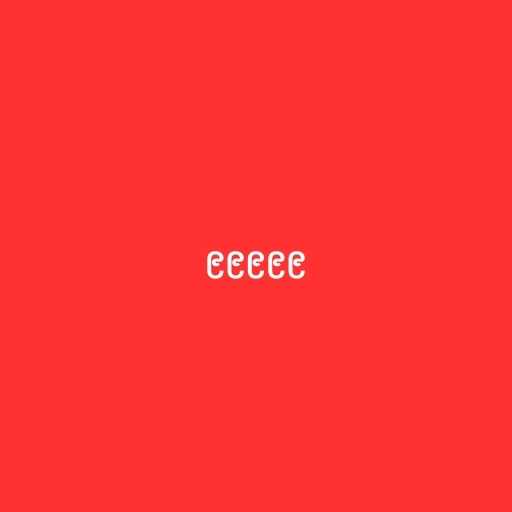
၉၉၉၉၉